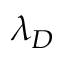
\lambda _ { D }